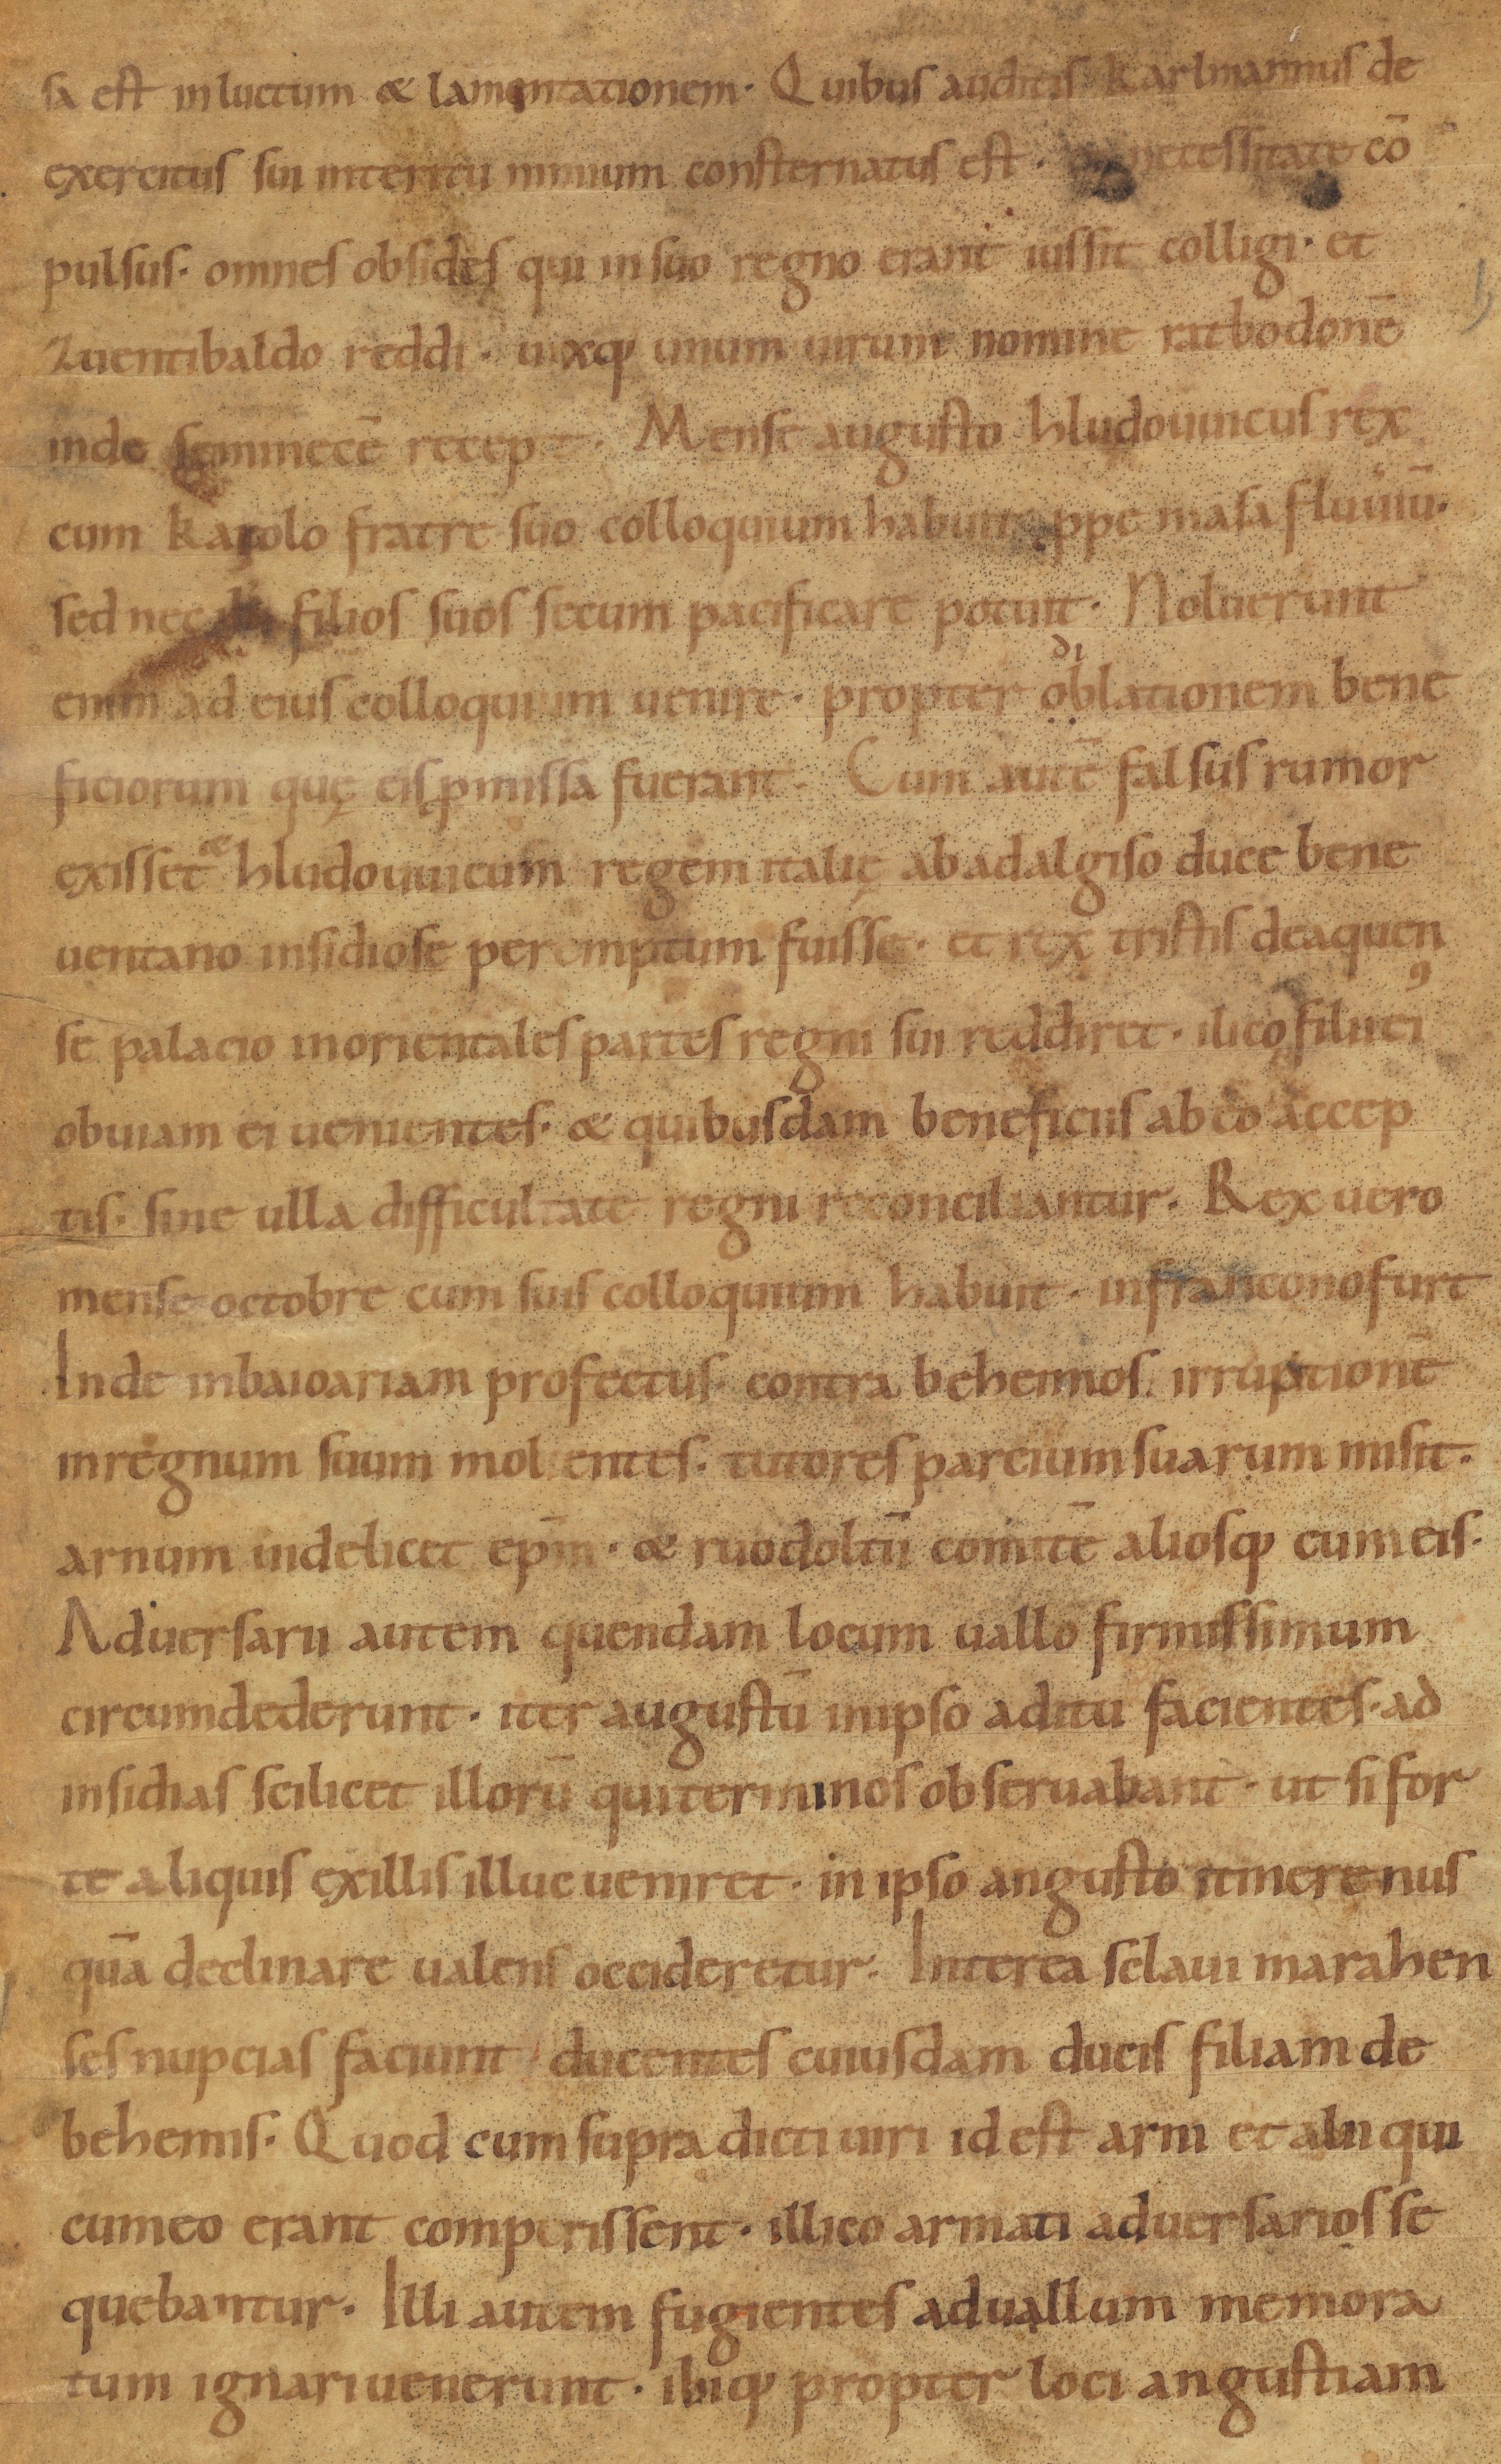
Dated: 900–1099